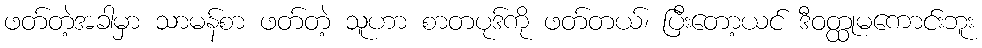
ဖတ်တဲ့အခါမှာ သာမန်စာ ဖတ်တဲ့ သူဟာ စာတပုဒ်ကို ဖတ်တယ်၊ ပြီးတော့ယင် ဒီဝတ္ထုမကောင်းဘူး